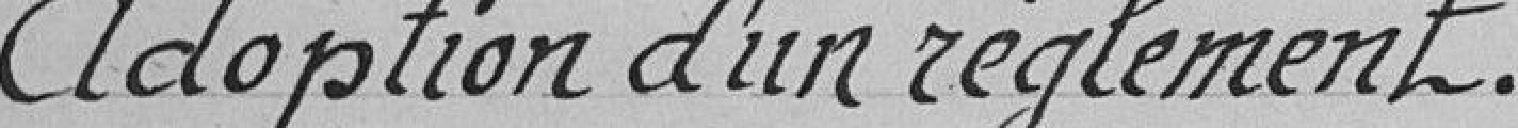
Adoption d'un réglement